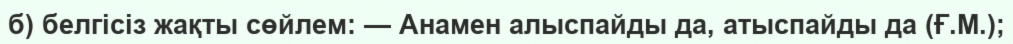
б) белгiсiз жақты сөйлем: — Анамен алыспайды да, атыспайды да (Ғ.М.);